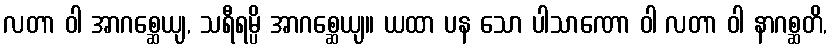
လတာ ဝါ အာဂစ္ဆေယျ, သရီရမ္ပိ အာဂစ္ဆေယျ။ ယထာ ပန သော ပါသာဏော ဝါ လတာ ဝါ နာဂစ္ဆတိ,